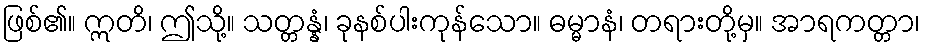
ဖြစ်၏။ ဣတိ၊ ဤသို့။ သတ္တန္နံ၊ ခုနစ်ပါးကုန်သော။ ဓမ္မာနံ၊ တရားတို့မှ။ အာရကတ္တာ၊